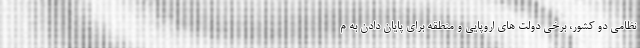
نظامی دو کشور، برخی دولت های اروپایی و منطقه برای پایان دادن به م